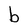
Character: b